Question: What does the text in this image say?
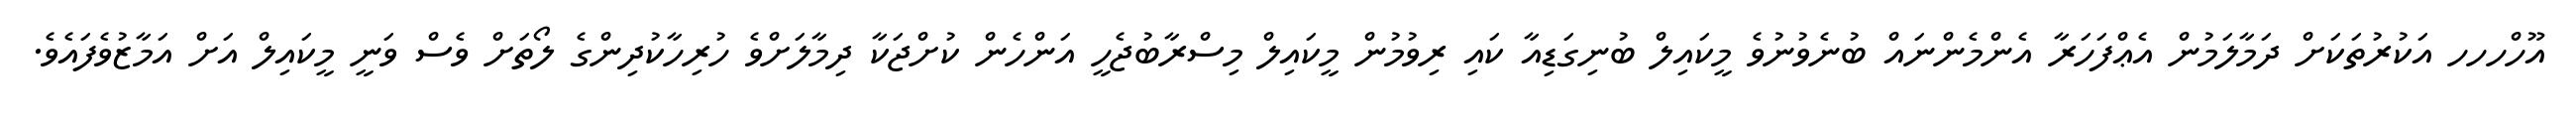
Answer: އޫހްހހހ އަކުރުތަކަށް ދަމާލަމުން އެޢްފަހަރާ އެންމެންނައް ބުނެވުނުވެ މީކައިލް ބުނިގަޑިއާ ކައި ރިވުމުން މީކައިލް މިސްރާބުޖެހީ އަންހެން ކުށްޖަކާ ދިމާލަށްވެ ހުރިހާކުދިންގެ ލޯތަށް ވެސް ވަނީ މީކައިލް އަށް އަމާޒުވެފައެވެ.